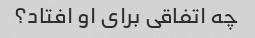
چه اتفاقی برای او افتاد؟